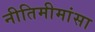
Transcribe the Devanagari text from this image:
नीतिमीमांसा